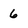
Character: 6